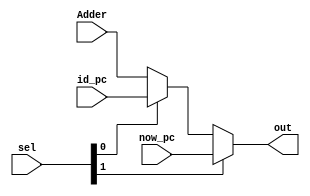
module IF_PC_MUX
(
    Adder, 
    id_pc,
    now_pc,
    sel,
    out
);
    input [31:0]Adder; 
    input [31:0]id_pc;
    input [31:0]now_pc;
    input [1:0]sel;
    output reg [31:0]out;
    /* 00 Adder
     * 01 id_pc
     * 1x now_pc
     */
    always @(*) begin
        if(sel[1]) begin
            out = now_pc;
        end 
        else begin
            if(sel[0]) begin
                out = id_pc;
            end 
            else begin
                out = Adder;
            end
        end
    end
endmodule

module ID_WB_RF_WAddr_MUX
(
    rt,
    rd,
    reg31,
    id_rf_waddr_sel,
    out
);
    input [4:0]rt;
    input [4:0]rd;
    input [4:0]reg31;
    input [1:0]id_rf_waddr_sel;
    output reg [4:0]out;
    /* 00 rt
     * 01 rd
     * 1x reg31
     */
    always @(*) begin
        if(id_rf_waddr_sel[1]) begin
            out = reg31;
        end 
        else begin
            if(id_rf_waddr_sel[0]) begin
                out = rd;
            end 
            else begin
                out = rt;
            end
        end
    end
endmodule

module ID_PC_MUX
(
    Jointer, 
    rs_value,
    Adder,
    sel,
    out
);
    input [31:0]Jointer;
    input [31:0]rs_value;
    input [31:0]Adder;
    input [1:0]sel;
    output reg [31:0]out;

    /* 00 Jointer
     * 01 rs_value
     * 1x Adder
     */
    always @(*) begin
        if(sel[1]) begin
            //1x
            out = Adder;
        end 
        else begin
            if(sel[0]) begin
                //01
                out = rs_value;
            end 
            else begin
                //00
                out = Jointer;
            end
        end
    end
endmodule

module EXE_AMUX
(
    rs_value,
    ze5,
    sel,
    A
);
    input [31:0]rs_value;
    input [31:0]ze5;
    input sel;
    output [31:0]A;

    /* 0 rs_value
     * 1 ze5
     */
    assign A = sel? ze5: rs_value;
endmodule

module EXE_BMUX
(
    se16,
    ze16,
    rt_value,
    sel,
    B
);
    input [31:0]se16;
    input [31:0]ze16;
    input [31:0]rt_value;
    input [1:0]sel;
    output reg [31:0]B;

    /* 00 se16
     * 01 ze16
     * 1x rt_value
     */
    always @(*) begin
        if(sel[1]) begin
            //1x
            B = rt_value;
        end 
        else begin
            if(sel[0]) begin
                //01
                B = ze16;
            end 
            else begin
                //00
                B = se16;
            end
        end 
    end
endmodule

module WB_DataMUX
(
    Z,
    Saver,
    NPC,
    MDU_out,
    is_JAL,
    is_LW,
    is_MUL,
    out
);
    input [31:0]Z;
    input [31:0]Saver;
    input [31:0]NPC;
    input [31:0]MDU_out;
    input is_JAL;
    input is_LW;
    input is_MUL;
    output reg [31:0]out;

    /* 00 Z
     * 01 Saver
     * 10 NPC
     * 11 MDU_out
     */
    always @(*) begin
        if (is_LW) begin
            out = Saver;
        end
        else if(is_JAL) begin
            out = NPC;
        end
        else if(is_MUL) begin
            out = MDU_out;
        end
        else begin
            out = Z;
        end
    end
endmodule

module ID_RS_MUX
(
    rs,
    rs_value,
    rt,
    rt_value,
    exe_NPC,
    exe_MDU_out,
    exe_Z,
    exe_rf_waddr,
    exe_rf_we,
    exe_is_JAL,
    exe_is_LW,
    exe_is_MUL,
    mem_NPC,
    mem_MDU_out,
    mem_Z,
    mem_rf_waddr,
    mem_rf_we,
    mem_is_JAL,
    mem_is_LW,
    mem_is_MUL,
    rs_out,
    rt_out,
    LW_conf
);
    input [4:0]rs;
    input [31:0]rs_value;
    input [4:0]rt;
    input [31:0]rt_value;
    input [31:0]exe_NPC;
    input [31:0]exe_MDU_out;
    input [31:0]exe_Z;
    input [4:0]exe_rf_waddr;
    input exe_rf_we;
    input exe_is_JAL;
    input exe_is_LW;
    input exe_is_MUL;
    input [31:0]mem_NPC;
    input [31:0]mem_MDU_out;
    input [31:0]mem_Z;
    input [4:0]mem_rf_waddr;
    input mem_rf_we;
    input mem_is_JAL;
    input mem_is_LW;
    input mem_is_MUL;
    output reg [31:0]rs_out = 32'b0;
    output reg [31:0]rt_out = 32'b0;
    output reg LW_conf = 1'b0;

    reg rs_LW_conf = 1'b0;
    reg rt_LW_conf = 1'b0;

    always @(*) begin
        if(rs_LW_conf || rt_LW_conf) begin
            LW_conf = 1'b1;
        end
        else begin
            LW_conf = 1'b0;
        end
    end

    always @(*) begin
        if(exe_rf_we && exe_rf_waddr == rs && rs != 5'b0) begin
            if(exe_is_JAL) begin
                rs_LW_conf = 1'b0;
                rs_out = exe_NPC;
            end
            else if(exe_is_MUL) begin
                rs_LW_conf = 1'b0;
                rs_out = exe_MDU_out;
            end
            else if(exe_is_LW) begin
                rs_LW_conf = 1'b1;
                rs_out = 32'b0;
            end
            else begin
                rs_LW_conf = 1'b0;
                rs_out = exe_Z;
            end
        end
        else begin
            if(mem_rf_we && mem_rf_waddr == rs && rs != 5'b0)begin
                if(mem_is_JAL) begin
                    rs_LW_conf = 1'b0;
                    rs_out = mem_NPC;
                end
                else if(mem_is_MUL) begin
                    rs_LW_conf = 1'b0;
                    rs_out = mem_MDU_out;
                end
                else if(mem_is_LW) begin
                    rs_LW_conf = 1'b1;
                    rs_out = 32'b0;
                end
                else begin
                    rs_LW_conf = 1'b0;
                    rs_out = mem_Z;
                end
            end
            else begin
                rs_LW_conf = 1'b0;
                rs_out = rs_value;
            end
        end
    end

    always @(*) begin
        if(exe_rf_we && exe_rf_waddr == rt && rt != 5'b0) begin
            if(exe_is_JAL) begin
                rt_LW_conf = 1'b0;
                rt_out = exe_NPC;
            end
            else if(exe_is_MUL) begin
                rt_LW_conf = 1'b0;
                rt_out = exe_MDU_out;
            end
            else if(exe_is_LW) begin
                rt_LW_conf = 1'b1;
                rt_out = 32'b0;
            end
            else begin
                rt_LW_conf = 1'b0;
                rt_out = exe_Z;
            end
        end
        else begin
            if(mem_rf_we && mem_rf_waddr == rt && rt != 5'b0)begin
                if(mem_is_JAL) begin
                    rt_LW_conf = 1'b0;
                    rt_out = mem_NPC;
                end
                else if(mem_is_MUL) begin
                    rt_LW_conf = 1'b0;
                    rt_out = mem_MDU_out;
                end
                else if(mem_is_LW) begin
                    rt_LW_conf = 1'b1;
                    rt_out = 32'b0;
                end
                else begin
                    rt_LW_conf = 1'b0;
                    rt_out = mem_Z;
                end
            end
            else begin
                rt_LW_conf = 1'b0;
                rt_out = rt_value;
            end
        end
    end
endmodule